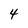
Character: 4